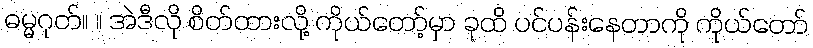
ဓမ္မဂုတ်။ ။ အဲဒီလို စိတ်ထားလို့ ကိုယ်တော့်မှာ ခုထိ ပင်ပန်းနေတာကို ကိုယ်တော်